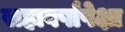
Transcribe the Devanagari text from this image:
सहावर्षांपेक्षा